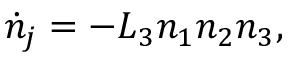
\dot { n } _ { j } = - L _ { 3 } n _ { 1 } n _ { 2 } n _ { 3 } ,